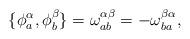
LaTeX: \begin{align*}\{\phi ^\alpha _a,\phi ^\beta _b\}=\omega ^{\alpha \beta}_{ab}=-\omega ^{\beta \alpha}_{ba},\end{align*}